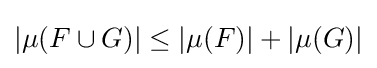
|\mu (F\cup G)|\leq |\mu (F)|+|\mu (G)|